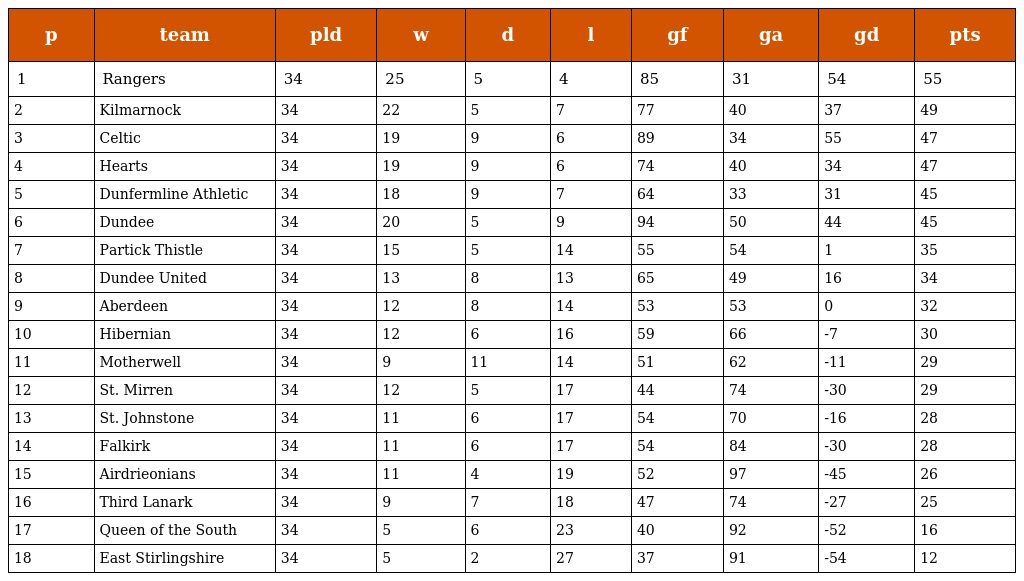
| p | team | pld | w | d | l | gf | ga | gd | pts |
 | --- | --- | --- | --- | --- | --- | --- | --- | --- | --- |
 | 1 | Rangers | 34 | 25 | 5 | 4 | 85 | 31 | 54 | 55 |
 | 2 | Kilmarnock | 34 | 22 | 5 | 7 | 77 | 40 | 37 | 49 |
 | 3 | Celtic | 34 | 19 | 9 | 6 | 89 | 34 | 55 | 47 |
 | 4 | Hearts | 34 | 19 | 9 | 6 | 74 | 40 | 34 | 47 |
 | 5 | Dunfermline Athletic | 34 | 18 | 9 | 7 | 64 | 33 | 31 | 45 |
 | 6 | Dundee | 34 | 20 | 5 | 9 | 94 | 50 | 44 | 45 |
 | 7 | Partick Thistle | 34 | 15 | 5 | 14 | 55 | 54 | 1 | 35 |
 | 8 | Dundee United | 34 | 13 | 8 | 13 | 65 | 49 | 16 | 34 |
 | 9 | Aberdeen | 34 | 12 | 8 | 14 | 53 | 53 | 0 | 32 |
 | 10 | Hibernian | 34 | 12 | 6 | 16 | 59 | 66 | -7 | 30 |
 | 11 | Motherwell | 34 | 9 | 11 | 14 | 51 | 62 | -11 | 29 |
 | 12 | St. Mirren | 34 | 12 | 5 | 17 | 44 | 74 | -30 | 29 |
 | 13 | St. Johnstone | 34 | 11 | 6 | 17 | 54 | 70 | -16 | 28 |
 | 14 | Falkirk | 34 | 11 | 6 | 17 | 54 | 84 | -30 | 28 |
 | 15 | Airdrieonians | 34 | 11 | 4 | 19 | 52 | 97 | -45 | 26 |
 | 16 | Third Lanark | 34 | 9 | 7 | 18 | 47 | 74 | -27 | 25 |
 | 17 | Queen of the South | 34 | 5 | 6 | 23 | 40 | 92 | -52 | 16 |
 | 18 | East Stirlingshire | 34 | 5 | 2 | 27 | 37 | 91 | -54 | 12 |